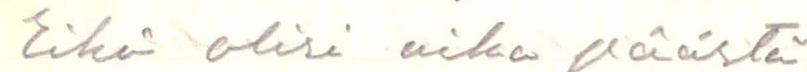
Eikö olisi aika päästä